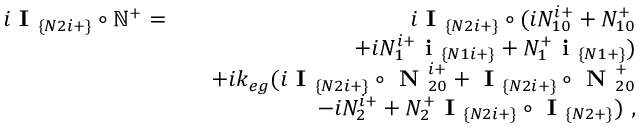
\begin{array} { r l r } { i \textbf { I } _ { \{ N 2 i + \} } \circ \mathbb { N } ^ { + } = } & { } & { i \textbf { I } _ { \{ N 2 i + \} } \circ ( i N _ { 1 0 } ^ { i + } + N _ { 1 0 } ^ { + } } \\ & { } & { ~ ~ ~ ~ ~ ~ + i N _ { 1 } ^ { i + } \textbf { i } _ { \{ N 1 i + \} } + N _ { 1 } ^ { + } \textbf { i } _ { \{ N 1 + \} } ) } \\ & { } & { + i k _ { e g } ( i \textbf { I } _ { \{ N 2 i + \} } \circ \textbf { N } _ { 2 0 } ^ { i + } + \textbf { I } _ { \{ N 2 i + \} } \circ \textbf { N } _ { 2 0 } ^ { + } } \\ & { } & { ~ ~ ~ ~ ~ ~ - i N _ { 2 } ^ { i + } + N _ { 2 } ^ { + } \textbf { I } _ { \{ N 2 i + \} } \circ \textbf { I } _ { \{ N 2 + \} } ) ~ , } \end{array}